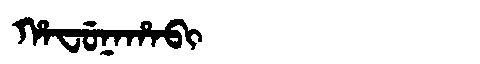
Manchu: ᡥᠠᠸᡠᠨᠠᡥᠠᠪᡳ
Romanization: HAFUNAHABI